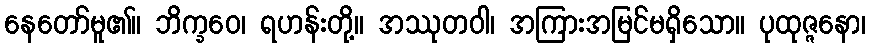
နေတော်မူ၏။ ဘိက္ခဝေ၊ ရဟန်းတို့။ အဿုတဝါ၊ အကြားအမြင်မရှိသော။ ပုထုဇ္ဇနော၊